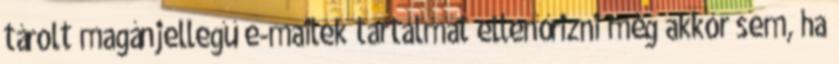
tárolt magánjellegű e-mailek tartalmát ellenőrizni még akkor sem, ha